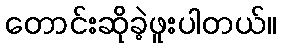
တောင်းဆိုခဲ့ဖူးပါတယ်။